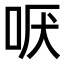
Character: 𫩫